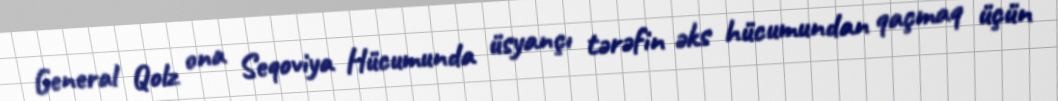
General Qolz ona Seqoviya Hücumunda üsyançı tərəfin əks hücumundan qaçmaq üçün